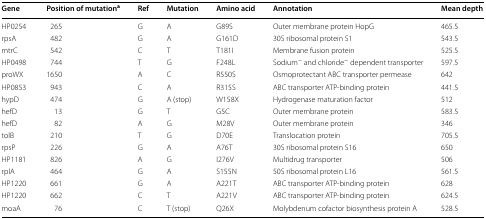
<table><thead><tr><td><b>Gene</b></td><td><b>Position of mutation<sup>a</sup></b></td><td><b>Ref</b></td><td><b>Mutation</b></td><td><b>Amino acid</b></td><td><b>Annotation</b></td><td><b>Mean depth</b></td></tr></thead><tbody><tr><td>HP0254</td><td>265</td><td>G</td><td>A</td><td>G89S</td><td>Outer membrane protein HopG</td><td>465.5</td></tr><tr><td>rpsA</td><td>482</td><td>G</td><td>A</td><td>G161D</td><td>30S ribosomal protein S1</td><td>543.5</td></tr><tr><td>mtrC</td><td>542</td><td>C</td><td>T</td><td>T181I</td><td>Membrane fusion protein</td><td>525.5</td></tr><tr><td>HP0498</td><td>744</td><td>T</td><td>G</td><td>F248L</td><td>Sodium<sup>−</sup> and chloride<sup>−</sup> dependent transporter</td><td>597.5</td></tr><tr><td>proWX</td><td>1650</td><td>A</td><td>C</td><td>R550S</td><td>Osmoprotectant ABC transporter permease</td><td>642</td></tr><tr><td>HP0853</td><td>943</td><td>C</td><td>A</td><td>R315S</td><td>ABC transporter ATP-binding protein</td><td>441.5</td></tr><tr><td>hypD</td><td>474</td><td>G</td><td>A (stop)</td><td>W158X</td><td>Hydrogenase maturation factor</td><td>512</td></tr><tr><td>hefD</td><td>13</td><td>G</td><td>T</td><td>G5C</td><td>Outer membrane protein</td><td>583.5</td></tr><tr><td>hefD</td><td>82</td><td>A</td><td>G</td><td>M28V</td><td>Outer membrane protein</td><td>346</td></tr><tr><td>tolB</td><td>210</td><td>T</td><td>G</td><td>D70E</td><td>Translocation protein</td><td>705.5</td></tr><tr><td>rpsP</td><td>226</td><td>G</td><td>A</td><td>A76T</td><td>30S ribosomal protein S16</td><td>650</td></tr><tr><td>HP1181</td><td>826</td><td>A</td><td>G</td><td>I276V</td><td>Multidrug transporter</td><td>506</td></tr><tr><td>rplA</td><td>464</td><td>G</td><td>A</td><td>S155N</td><td>50S ribosomal protein L16</td><td>561.5</td></tr><tr><td>HP1220</td><td>661</td><td>G</td><td>A</td><td>A221T</td><td>ABC transporter ATP-binding protein</td><td>628</td></tr><tr><td>HP1220</td><td>662</td><td>C</td><td>T</td><td>A221V</td><td>ABC transporter ATP-binding protein</td><td>624.5</td></tr><tr><td>moaA</td><td>76</td><td>C</td><td>T (stop)</td><td>Q26X</td><td>Molybdenum cofactor biosynthesis protein A</td><td>528.5</td></tr></tbody></table>